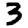
Digit: 3